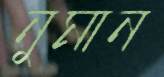
নুমান